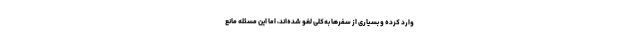
وارد کرده و بسیاری از سفرها به‌کلی لغو شده‌اند، اما این مسئله مانع